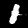
Digit: 1